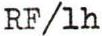
RF/lh